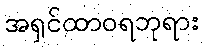
အရှင်ထာဝရဘုရား